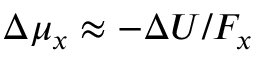
\begin{array} { r } { \Delta \mu _ { x } \approx - \Delta U / F _ { x } } \end{array}